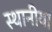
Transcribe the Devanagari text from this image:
स्‍थानीय।